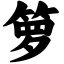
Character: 箩